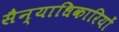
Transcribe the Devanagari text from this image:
सैन्याधिकारियों